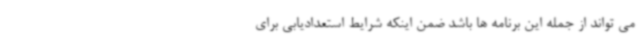
می تواند از جمله این برنامه ها باشد ضمن اینکه شرایط استعدادیابی برای